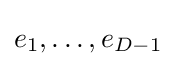
e_{1},\ldots ,e_{D-1}